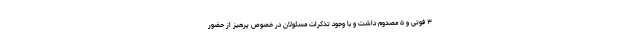
۳ فوتی و ۵ مصدوم داشت و با وجود تذکرات مسئولان در خصوص پرهیز از حضور